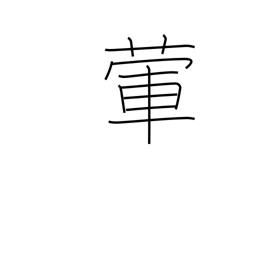
Meaning: garlic